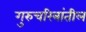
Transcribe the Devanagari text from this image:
गुरुचरित्रांतील